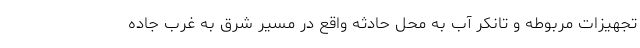
تجهیزات مربوطه و تانکر آب به محل حادثه واقع در مسیر شرق به غرب جاده